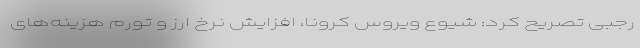
رجبی تصریح کرد: شیوع ویروس کرونا، افزایش نرخ ارز و تورم هزینه‌های